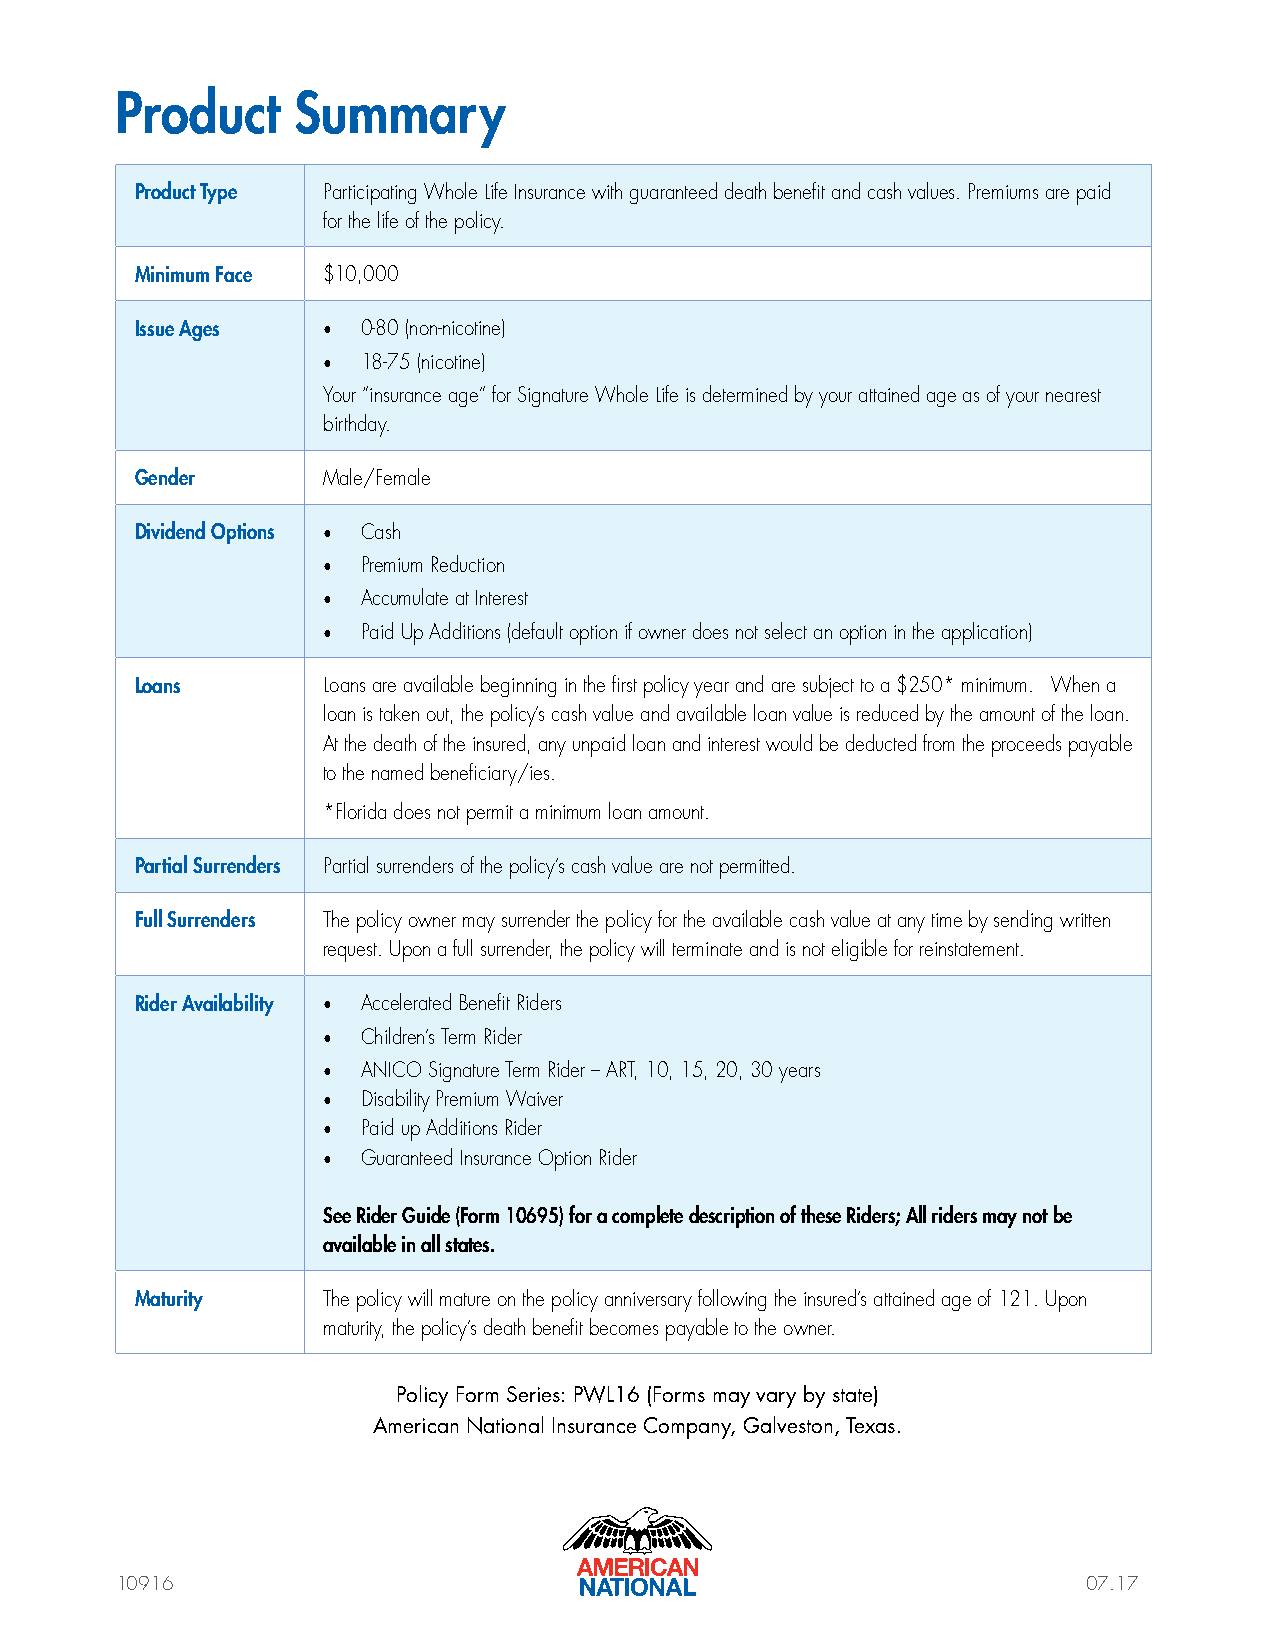
Product    Summary
 Product Type Participating Whole Life Insurance with guaranteed death benefit and cash values. Premiums are paid
 for the life of the policy.
 Minimum Face $10,000
 Issue Ages  •  0-80 (non-nicotine)
 •  18-75 (nicotine)
 Your “insurance age” for Signature Whole Life is determined by your attained age as of your nearest
 birthday.
 Gender      Male/Female
 Dividend Options • Cash
 •  Premium Reduction
 •  Accumulate at Interest
 •  Paid Up Additions (default option if owner does not select an option in the application)
 Loans       Loans are available beginning in the first policy year and are subject to a $250* minimum. When a
 loan is taken out, the policy’s cash value and available loan value is reduced by the amount of the loan.
 At the death of the insured, any unpaid loan and interest would be deducted from the proceeds payable
 to the named beneficiary/ies.
 *Florida does not permit a minimum loan amount.
 Partial Surrenders Partial surrenders of the policy’s cash value are not permitted.
 Full Surrenders The policy owner may surrender the policy for the available cash value at any time by sending written
 request. Upon a full surrender, the policy will terminate and is not eligible for reinstatement.
 Rider Availability • Accelerated Benefit Riders
 •  Children’s Term Rider
 •  ANICO Signature Term Rider – ART, 10, 15, 20, 30 years
 •  Disability Premium Waiver
 •  Paid up Additions Rider
 •  Guaranteed Insurance Option Rider
 See Rider Guide (Form 10695) for a complete description of these Riders; All riders may not be
 available in all states.
 Maturity    The policy will mature on the policy anniversary following the insured’s attained age of 121. Upon
 maturity, the policy’s death benefit becomes payable to the owner.
 Policy Form Series: PWL16 (Forms may vary by state)
 American National Insurance Company, Galveston, Texas.
 10916                                                           07.17